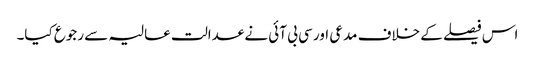
اس فیصلے کے خلاف مدعی اور سی بی آئی نے عدالت عالیہ سے رجوع کیا۔